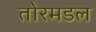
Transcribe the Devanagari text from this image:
तोरमडल